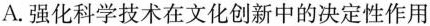
A.强化科学技术在文化创新中的决定性作用